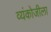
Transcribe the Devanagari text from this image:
व्यंकोजीला